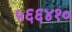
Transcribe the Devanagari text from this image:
५६६४१०